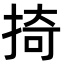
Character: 掎